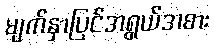
မျက်နှာပြင်အရွယ်အစား